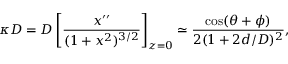
\kappa D = D \left[ \frac { x ^ { \prime \prime } } { ( 1 + x ^ { 2 } ) ^ { 3 / 2 } } \right] _ { z = 0 } \simeq \frac { \cos ( \theta + \phi ) } { 2 ( 1 + 2 d / D ) ^ { 2 } } ,